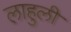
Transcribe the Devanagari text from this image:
लाहुली